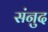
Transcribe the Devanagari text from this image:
संनुद